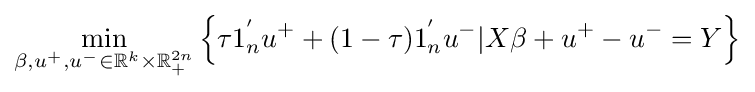
{\underset {\beta ,u^{+},u^{-}\in \mathbb {R} ^{k}\times \mathbb {R} _{+}^{2n}}{\min }}\left\{\tau 1_{n}^{'}u^{+}+(1-\tau )1_{n}^{'}u^{-}|X\beta +u^{+}-u^{-}=Y\right\}